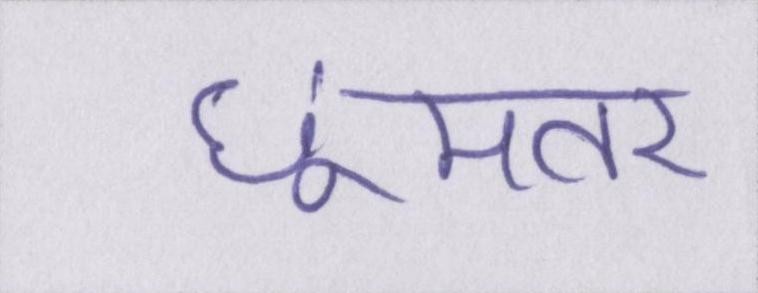
छूमंतर